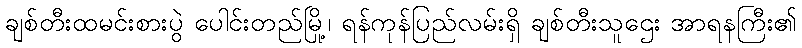
ချစ်တီးထမင်းစားပွဲ ပေါင်းတည်မြို့၊ ရန်ကုန်ပြည်လမ်းရှိ ချစ်တီးသူဌေး အာရနကြီး၏